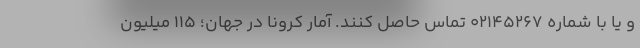
و یا با شماره ۰۲۱۴۵۲۶۷ تماس حاصل کنند. آمار کرونا در جهان؛ 115 میلیون